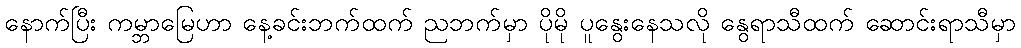
နောက်ပြီး ကမ္ဘာမြေဟာ နေ့ခင်းဘက်ထက် ညဘက်မှာ ပိုမို ပူနွေးနေသလို နွေရာသီထက် ဆောင်းရာသီမှာ